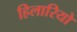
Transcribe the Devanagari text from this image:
हिलारियो